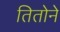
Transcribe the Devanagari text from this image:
तितोने